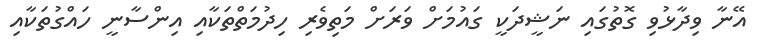
އޭނާ ވިދާޅުވި ގޮތުގައި ނަޝީދަކީ ގައުމަށް ވަރަށް މަތިވެރި ހިދުމަތްތަކާއި އިންސާނީ ހައްގުތަކާއި